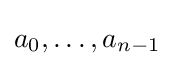
a_{0},\dots ,a_{n-1}